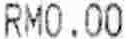
RM0.00